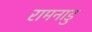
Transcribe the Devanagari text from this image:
रामनाडु